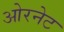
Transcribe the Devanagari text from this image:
ओरनेट